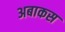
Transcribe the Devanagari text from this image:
अबाकस